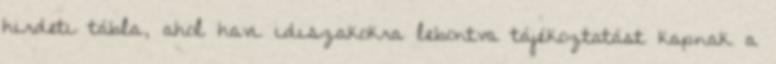
hirdetı tábla, ahol havi idıszakokra lebontva tájékoztatást kapnak a